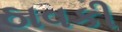
ઠાવકી